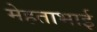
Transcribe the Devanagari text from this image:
मेहताभाई